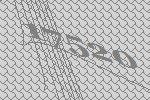
17520